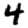
Digit: 4